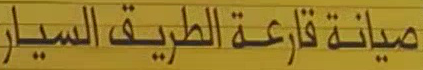
صيانة قارعة الطريق السيارة